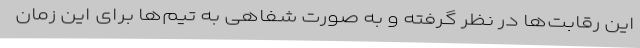
این رقابت‌ها در نظر گرفته و به صورت شفاهی به تیم‌ها برای این زمان